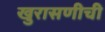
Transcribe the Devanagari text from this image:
खुरासणीची